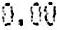
0.00